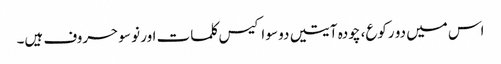
اس میں دو رکوع، چودہ آیتیں دو سو اکیس کلمات اور نو سو حروف ہیں۔